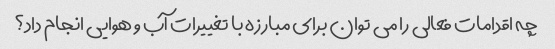
چه اقدامات فعالی را می توان برای مبارزه با تغییرات آب و هوایی انجام داد؟